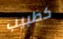
كطبيب